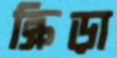
ক্রিড়া